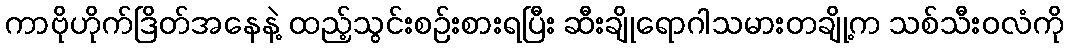
ကာဗိုဟိုက်ဒြိတ်အနေနဲ့ ထည့်သွင်းစဉ်းစားရပြီး ဆီးချိုရောဂါသမားတချို့က သစ်သီးဝလံကို